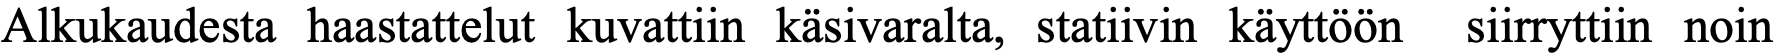
Alkukaudesta haastattelut kuvattiin käsivaralta, statiivin käyttöön siirryttiin noin